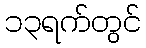
၁၃ရက်တွင်